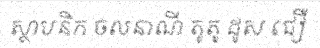
ស្ថាបនិក ចលនាណី តូតូ ដូស ជឿ